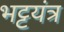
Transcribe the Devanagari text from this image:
भट्टयंत्र